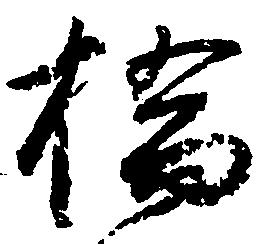
橋